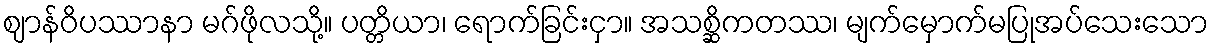
ဈာန်ဝိပဿာနာ မဂ်ဖိုလသို့။ ပတ္တိယာ၊ ရောက်ခြင်းငှာ။ အသစ္ဆိကတဿ၊ မျက်မှောက်မပြုအပ်သေးသော